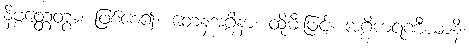
နိဗ္ဗတ္တေတွာ၊ ဖြစ်စေ၍။ တေနအဂ္ဂိနာ၊ ထိုမီးဖြင့်။ အဂ္ဂိကရဏီယာနိ၊